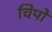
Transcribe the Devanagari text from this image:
चिपो